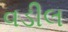
વડીલ